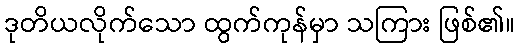
ဒုတိယလိုက်သော ထွက်ကုန်မှာ သကြား ဖြစ်၏။